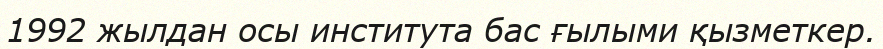
1992 жылдан осы института бас ғылыми қызметкер.